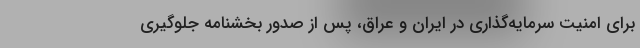
برای امنیت سرمایه‌گذاری در ایران و عراق، پس از صدور بخشنامه جلوگیری